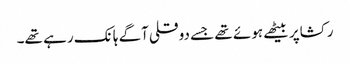
رکشاپر بیٹھے ہوئے تھے جسے دوقلی آگے ہانک رہے تھے۔